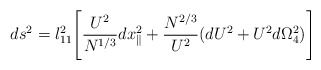
\begin{align*}ds^2 = l_{11}^2 \Biggl[ {{U^2}\over{ N^{1/3}}}dx_\parallel^2 + \frac{{N}^{2/3}}{U^{2}} (dU^2 + U^2 d\Omega_{4}^2) \Biggr] \end{align*}